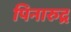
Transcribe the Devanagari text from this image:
पिनारुद्र